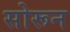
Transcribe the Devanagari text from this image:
सोरून